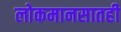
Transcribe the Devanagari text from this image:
लोकमानसातही